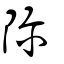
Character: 隬